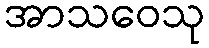
အာသဝေသု